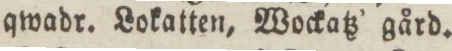
qwadr. Lokatten, Wockatz’ gård.